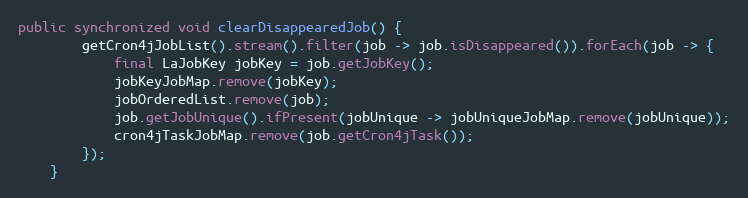
Language: Java
public synchronized void clearDisappearedJob() {
        getCron4jJobList().stream().filter(job -> job.isDisappeared()).forEach(job -> {
            final LaJobKey jobKey = job.getJobKey();
            jobKeyJobMap.remove(jobKey);
            jobOrderedList.remove(job);
            job.getJobUnique().ifPresent(jobUnique -> jobUniqueJobMap.remove(jobUnique));
            cron4jTaskJobMap.remove(job.getCron4jTask());
        });
    }